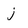
Character: j